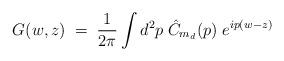
LaTeX: \begin{align*}G(w,z) \; = \; \frac{1}{2\pi} \int d^2p \; \hat{C}_{m_d}(p) \; e^{ip(w-z)}\end{align*}